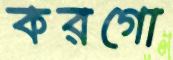
করগো